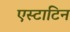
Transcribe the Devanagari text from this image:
एस्टाटिन